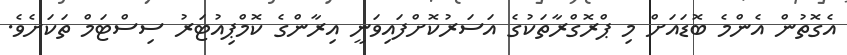
އެގޮތުން އެންމެ ބޮޑައަށް މި ޕްރޮގްރާތަކުގެ އަސަރުކޮށްފައިވަނީ އިރާންގެ ކޮމްޕިއުޓަރު ސިސްޓަމް ތަކަށެވެ.